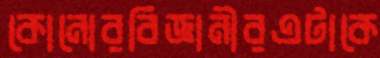
কোনোরবিজ্ঞানীরএটাকে